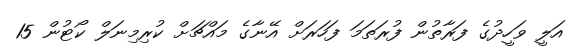
އަލީ ވަހީދުގެ ފަރާތުުން ފުރަތަމަ ފަހަރަށް އޭނާގެ މައްޗަށް ކުރިމިނަލް ކޯޓުން 15